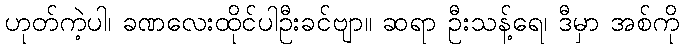
ဟုတ်ကဲ့ပါ၊ ခဏလေးထိုင်ပါဦးခင်ဗျာ။ ဆရာ ဦးသန့်ရေ၊ ဒီမှာ အစ်ကို